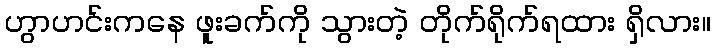
ဟွာဟင်းကနေ ဖူးခက်ကို သွားတဲ့ တိုက်ရိုက်ရထား ရှိလား။